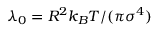
\lambda _ { 0 } = R ^ { 2 } k _ { B } T / ( \pi \sigma ^ { 4 } )